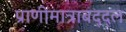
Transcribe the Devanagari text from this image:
प्राणीमात्राबद्द्ल